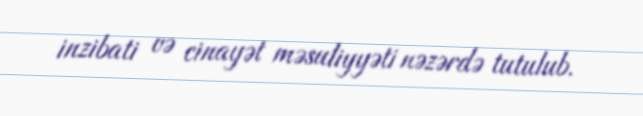
inzibati və cinayət məsuliyyəti nəzərdə tutulub.